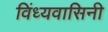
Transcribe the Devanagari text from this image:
विंध्‍यवासिनी